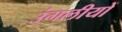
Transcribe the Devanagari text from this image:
उंगलीयों